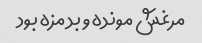
مرغش مونده و بد مزه بود